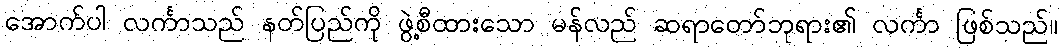
အောက်ပါ လင်္ကာသည် နတ်ပြည်ကို ဖွဲ့စီထားသော မန်လည် ဆရာတော်ဘုရား၏ လင်္ကာ ဖြစ်သည်။